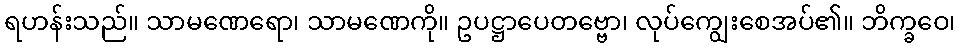
ရဟန်းသည်။ သာမဏေရော၊ သာမဏေကို။ ဥပဋ္ဌာပေတဗ္ဗော၊ လုပ်ကျွေးစေအပ်၏။ ဘိက္ခဝေ၊